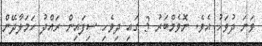
ވަނަ ދުވަހު އެވެ. ނޮވެމްބަރު 3 ގައި ދިވެހި ސިފައިން ރައްދު ހަމަލާދޭން